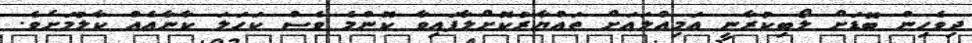
ދިވެހިން ބޮޑަށް ލޯބިކުރާނީ އަމިއްލައަށް ތައްޔާރުކޮށްލާފައިވާ ކޮންމެ ވެސް ކަހަލަ ކާނާއެއް ކާލުމަށެވެ.